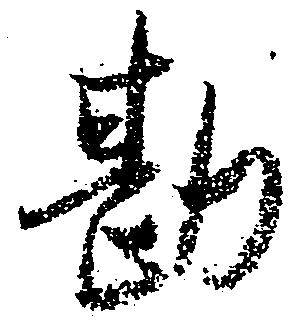
勘